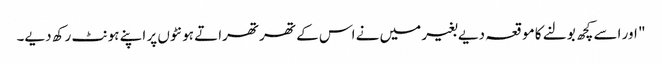
" اور اسے کچھ بولنے کا موقعہ دیے بغیر میں نے اس کے تھرتھراتے ہونٹوں پر اپنے ہونٹ رکھ دیے۔